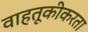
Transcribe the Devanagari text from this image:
वाहतूकीकरता